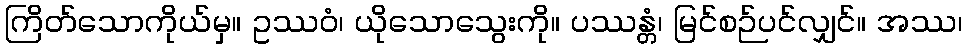
ကြိတ်သောကိုယ်မှ။ ဥဿဝံ၊ ယိုသောသွေးကို။ ပဿန္တံ၊ မြင်စဉ်ပင်လျှင်။ အဿ၊